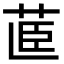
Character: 𮎽